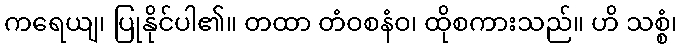
ကရေယျ၊ ပြုနိုင်ပါ၏။ တထာ တံဝစနံဝ၊ ထိုစကားသည်။ ဟိ သစ္စံ၊